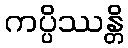
ကပ္ပိဿန္တိ